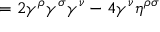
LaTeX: = 2 \gamma ^ { \rho } \gamma ^ { \sigma } \gamma ^ { \nu } - 4 \gamma ^ { \nu } \eta ^ { \rho \sigma }